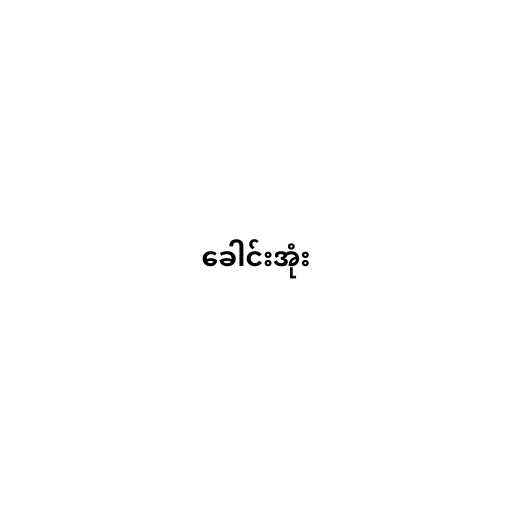
ခေါင်းအုံး